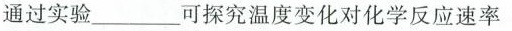
通过实验_可探究温度变化对化学反应速率